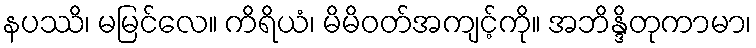
နပဿိ၊ မမြင်လေ။ ကိရိယံ၊ မိမိဝတ်အကျင့်ကို။ အဘိန္ဒိတုကာမာ၊